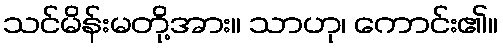
သင်မိန်းမတို့အား။ သာဟု၊ ကောင်း၏။